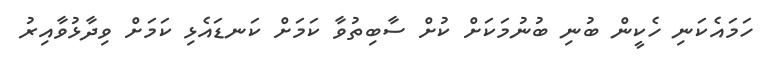
ހަމައެކަނި ހެކީން ބުނި ބުނުމަކަށް ކުށް ސާބިތުވާ ކަމަށް ކަނޑައެޅި ކަމަށް ވިދާޅުވާއިރު